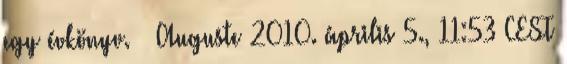
egy évkönyv. – Auguste 2010. április 5., 11:53 CEST